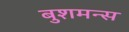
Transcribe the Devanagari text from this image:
बुशमन्स